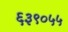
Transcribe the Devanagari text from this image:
६३९०५५